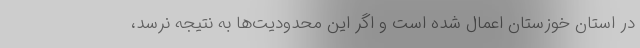
در استان خوزستان اعمال شده است و اگر این محدودیت‌ها به نتیجه نرسد،